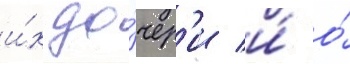
и́х до́чер'и и́ о́